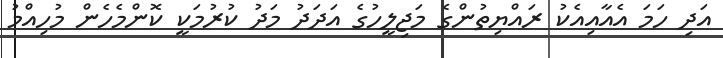
އަދި ހަމަ އެއާއިއެކު ރައްޔިތުންގެ މަޖިލީހުގެ އަދަދު މަދު ކުރުމަކީ ކޮންމެހެން މުހިއްމު